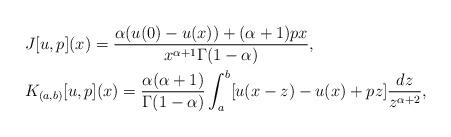
LaTeX: \begin{align*}&J[u,p](x)=\frac{\alpha(u(0)-u(x))+(\alpha+1)px}{x^{\alpha+1}\Gamma(1-\alpha)},\\&K_{(a,b)}[u,p](x)=\frac{\alpha(\alpha+1)}{\Gamma(1-\alpha)}\int_a^b[u(x-z)-u(x)+pz]\frac{dz}{z^{\alpha+2}},\end{align*}